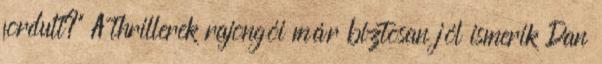
fordult?" A thrillerek rajongói már biztosan jól ismerik Dan